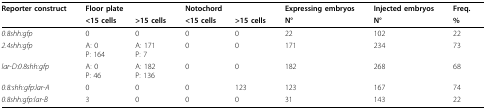
| Reporter construct | <COLSPAN=2> Floor plate | <COLSPAN=2> Notochord | Expressing embryos | Injected embryos | Freq. |
 |  | <15 cells | >15 cells | <15 cells | >15 cells | N° | N° | % |
 | --- | --- | --- | --- | --- | --- | --- | --- |
 | 0.8shh:gfp | 0 | 0 | 0 | 0 | 22 | 102 | 22 |
 | 2.4shh:gfp | A: 0P: 164 | A: 171P: 7 | 0 | 0 | 171 | 234 | 73 |
 | lar-D:0.8shh:gfp | A: 0P: 46 | A: 182P: 136 | 0 | 0 | 182 | 268 | 68 |
 | 0.8:shh:gfp:lar-A | 0 | 0 | 0 | 123 | 123 | 167 | 74 |
 | 0.8shh:gfp:lar-B | 3 | 0 | 0 | 0 | 31 | 143 | 22 |